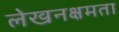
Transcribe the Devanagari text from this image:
लेखनक्षमता